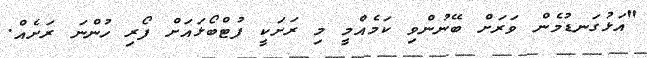
"އަޅުގަނޑުމެން ވަރަށް ބޭނުންވި ކަމެއްމީ މި ރަށަކީ ފުޓްބޯޅައަށް ފޯރި ހުންނަ ރަށެއް.